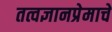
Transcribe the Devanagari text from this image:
तत्वज्ञानप्रेमाचे